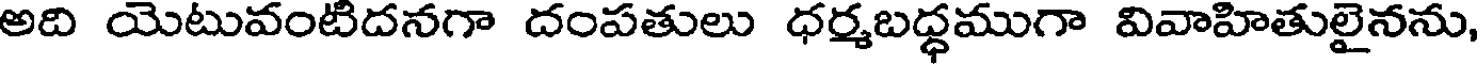
అది యెటువంటిదనగా దంపతులు ధర్మబధ్ధముగా వివాహితులైనను